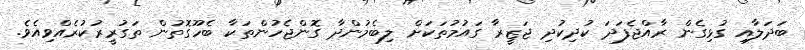
ބަދަލާއި ގުޅިގެން ރާއްޖެފަދަ ކުދިކުދި ޖަޒީރާ ގައުމުތަކަށް ލިބެމުންދާ ގޮންޖެހުންތަކާ ބެހޫގޮތުން ތަގުރީރުކުރެއްވިއެވެ.